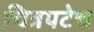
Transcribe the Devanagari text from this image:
चित्रपटेच